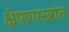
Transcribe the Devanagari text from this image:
क्षेपणास्त्रांत